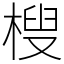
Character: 㮴